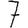
Digit: 7